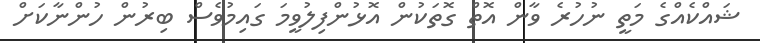
ޝައްކެއްގެ މަތީ ނުހުރެ ވާން އޮތް ގޮތަކުން އޮޅުންފިލުވީމަ ގައިމުވެސް ބިރުން ހުންނާކަށް